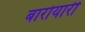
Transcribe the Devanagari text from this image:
बारोयारी